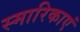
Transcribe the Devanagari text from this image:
स्मारिकाएं